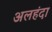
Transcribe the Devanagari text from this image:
अलहंदा